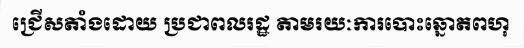
ជ្រើសតាំងដោយ ប្រជាពលរដ្ឋ តាមរយៈការបោះឆ្នោតពហុ